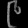
Digit: ၉